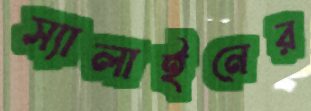
স্যালাইনের